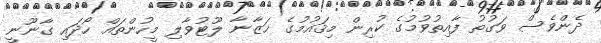
ދެންވެސް ވަގުތު ފާއިތުވުމުގެ ކުރިން މިޤައުމުގެ ޚަޒާނާ ލޫޓުވާލި މީހުންތައް ހޯދައި ގާނޫނީ